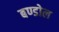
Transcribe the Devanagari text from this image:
बण्डोल